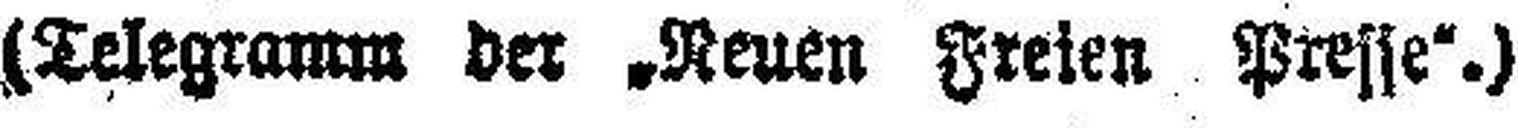
(Telegramm der „Neuen Freien Presse“.)